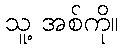
သူ့ အစ်ကို။